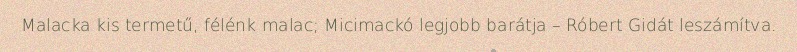
Malacka kis termetű, félénk malac; Micimackó legjobb barátja – Róbert Gidát leszámítva.